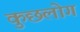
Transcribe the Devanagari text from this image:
कुछलोग